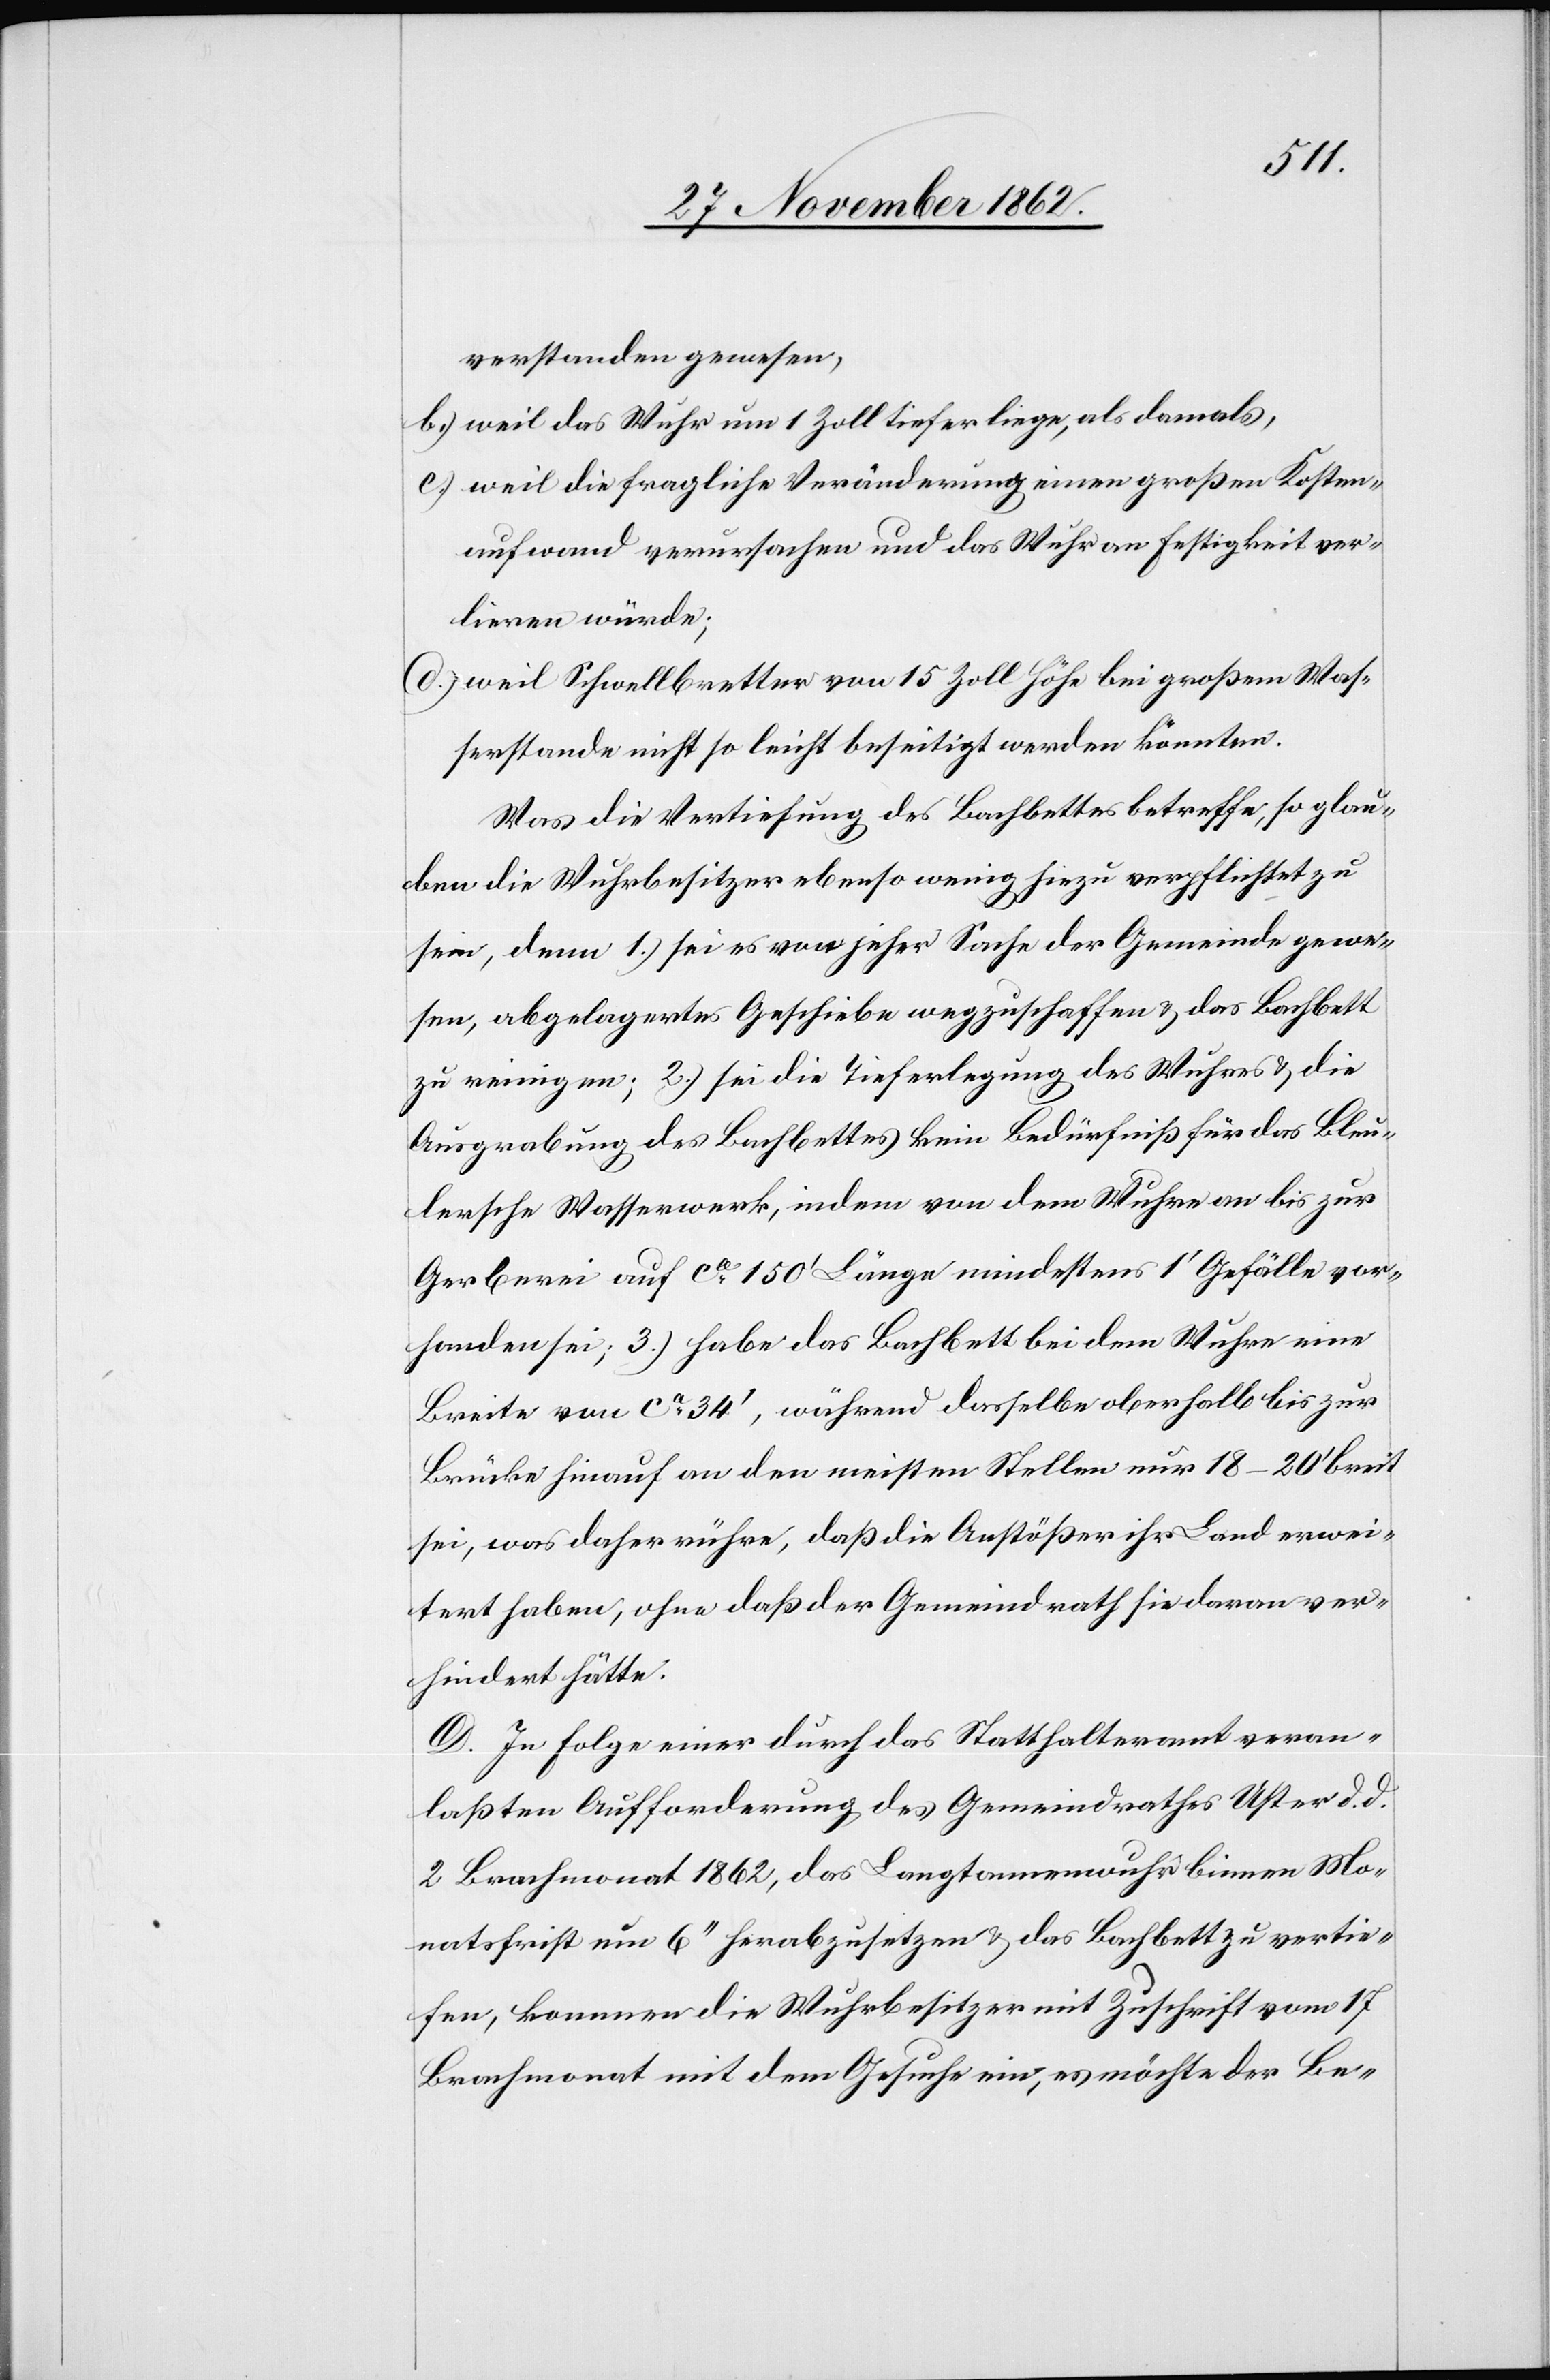
verstanden gewesen,
b) weil das Wuhr um 1 Zoll tiefer liege, als damals,
c) weil die fragliche Veränderung einen großen Kosten¬
aufwand verursachen und das Wuhr an Festigkeit ver¬
lieren würde;
d) weil Schwellbretter von 15 Zoll Höhe bei großem Was¬
serstande nicht so leicht beseitigt werden könnten.
Was die Vertiefung des Bachbettes betreffe, so glau¬
ben die Wuhrbesitzer ebenso wenig hiezu verpflichtet zu
sein, denn 1.) sei es von jeher Sache der Gemeinde gewor¬
den, abgelagertes Geschiebe wegzuschaffen u. das Bachbett
zu reinigen; 2.) sei die Tieferlegung des Wuhres u. die
Ausgrabung des Bachbettes kein Bedürfniß für das Bleu¬
lersche Wasserwerk, indem von dem Wuhre an bis zur
Gerberei auf ca 150’ Länge mindestens 1’ Gefälle vor¬
handen sei; 3.) habe das Bachbett bei dem Wuhre eine
Breite con ca 34’, während dasselbe oberhalb bis zur
Brücke hinauf an den meisten Stellen nur 18–20’ breit
sei, was daher rühre, daß die Anstößer ihr Land erwei¬
tert haben, ohne daß der Gemeindrath sie daran ver¬
hindert hätte.
D. In Folge einer durch das Statthalteramt veran¬
laßten Aufforderung des Gemeindrathes Uster d. d.
2. Brachmonat 1862, das Langtannenwuhr binnen Mo¬
natsfrist um 6’’ herabzusetzen u. das Bachbett zu vertie¬
fen, kommen die Wuhrbesitzer mit Zuschrift vom 17.
Brachmonat mit dem Gesuche ein, es möchte der Be-